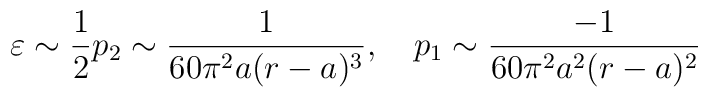
\varepsilon \sim \frac{1}{2}p_2\sim \frac{1}{60\pi ^2a(r-a)^3},\quad p_1\sim \frac{-1}{60\pi ^2a^2(r-a)^2}